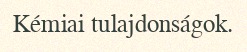
Kémiai tulajdonságok.